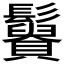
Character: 𩯿